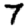
Digit: 7